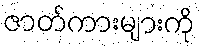
ဇာတ်ကားများကို